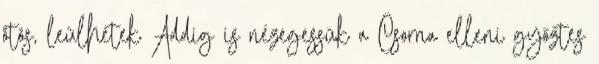
ötös, leülhetek Addig is nézegessük a Csorna elleni győztes